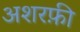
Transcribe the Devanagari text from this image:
अशरफ़ी